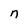
Character: n